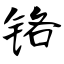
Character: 铬